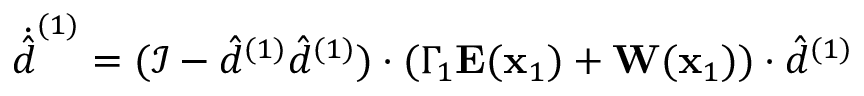
\dot { \hat { d } } ^ { ( 1 ) } = ( \mathcal { I } - \hat { d } ^ { ( 1 ) } \hat { d } ^ { ( 1 ) } ) \cdot ( \Gamma _ { 1 } \mathbf { E } ( \mathbf { x } _ { 1 } ) + \mathbf { W } ( \mathbf { x } _ { 1 } ) ) \cdot \hat { d } ^ { ( 1 ) }